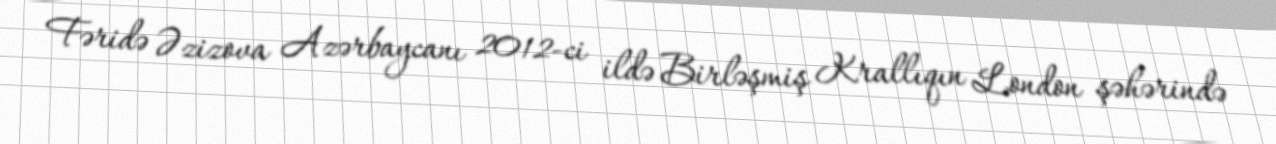
Fəridə Əzizova Azərbaycanı 2012-ci ildə Birləşmiş Krallıqın London şəhərində